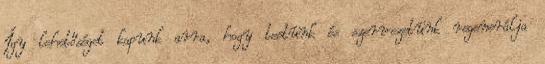
Így lehetőséget kapunk arra, hogy testünk és szervezetünk regenerálja